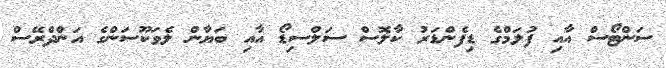
ސަންޓޯސް އާއި ފުލަމްގެ ޑިފެންޑަރު ކާލޮސް ސަލްސިޑޯ އާއި ބަޔާން ލެވަކޫސަންގެ އަންދްރޭސް